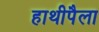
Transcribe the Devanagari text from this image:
हाथीपैला